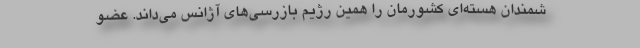
شمندان هسته‌ای کشورمان را همین رژیم بازرسی‌های آژانس می‌داند. عضو